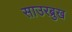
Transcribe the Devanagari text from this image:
साउरब्रुख